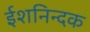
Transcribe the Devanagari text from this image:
ईशनिन्दक